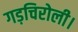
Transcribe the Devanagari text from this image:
गड़चिरोली।